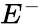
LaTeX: E^{-}